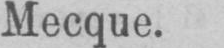
Mecque.